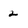
Character: 2